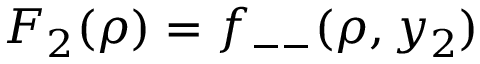
F _ { 2 } ( \rho ) = f _ { -- } ( \rho , y _ { 2 } )